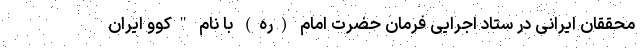
محققان ایرانی در ستاد اجرایی فرمان حضرت امام (ره) با نام "کُوو ایران